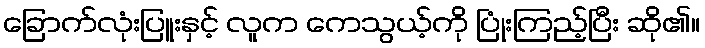
ခြောက်လုံးပြူးနှင့် လူက ကေသွယ့်ကို ပြုံးကြည့်ပြီး ဆို၏။